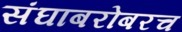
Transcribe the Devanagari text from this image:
संघाबरोबरच